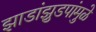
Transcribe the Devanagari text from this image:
झाडांझुडपांमुळे